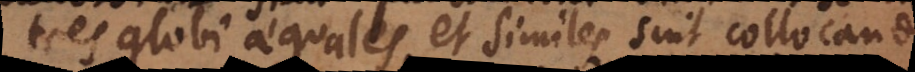
tres globi aequales et simile sint collocandi